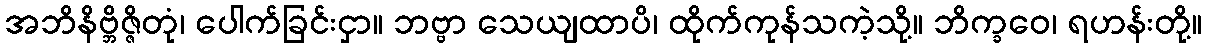
အဘိနိဗ္ဘိဇ္ဇိတုံ၊ ပေါက်ခြင်းငှာ။ ဘဗ္ဗာ သေယျထာပိ၊ ထိုက်ကုန်သကဲ့သို့။ ဘိက္ခဝေ၊ ရဟန်းတို့။